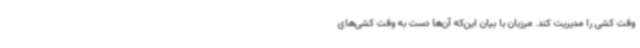
وقت کشی را مدیریت کند. مرزبان با بیان این‌که آن‌ها دست به وقت کشی‌های